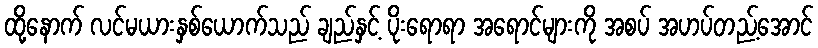
ထို့နောက် လင်မယားနှစ်ယောက်သည် ချည်နှင့် ပိုးရောရာ အရောင်များကို အစပ် အဟပ်တည့်အောင်